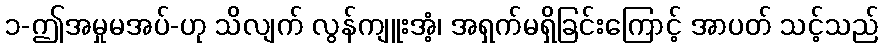
၁-ဤအမှုမအပ်-ဟု သိလျက် လွန်ကျူးအံ့၊ အရှက်မရှိခြင်းကြောင့် အာပတ် သင့်သည်